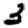
Digit: 3